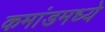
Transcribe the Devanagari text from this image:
कमांडमध्ये